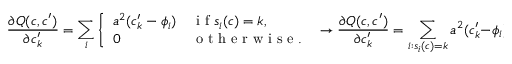
\frac { \partial Q ( c , c ^ { \prime } ) } { \partial c _ { k } ^ { \prime } } = \sum _ { i } \left\{ \begin{array} { l l } { a ^ { 2 } ( c _ { k } ^ { \prime } - \phi _ { i } ) } & { \mathrm { ~ i ~ f ~ } s _ { i } ( c ) = k , } \\ { 0 } & { \mathrm { ~ o ~ t ~ h ~ e ~ r ~ w ~ i ~ s ~ e ~ . ~ } } \end{array} \right. \rightarrow \frac { \partial Q ( c , c ^ { \prime } ) } { \partial c _ { k } ^ { \prime } } = \sum _ { i : s _ { i } ( c ) = k } a ^ { 2 } ( c _ { k } ^ { \prime } - \phi _ { i } ) .